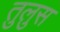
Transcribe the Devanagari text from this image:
तुलुस